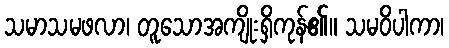
သမာသမဖလာ၊ တူသောအကျိုးရှိကုန်၏။ သမဝိပါကာ၊